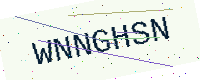
Text: WNNGHSN